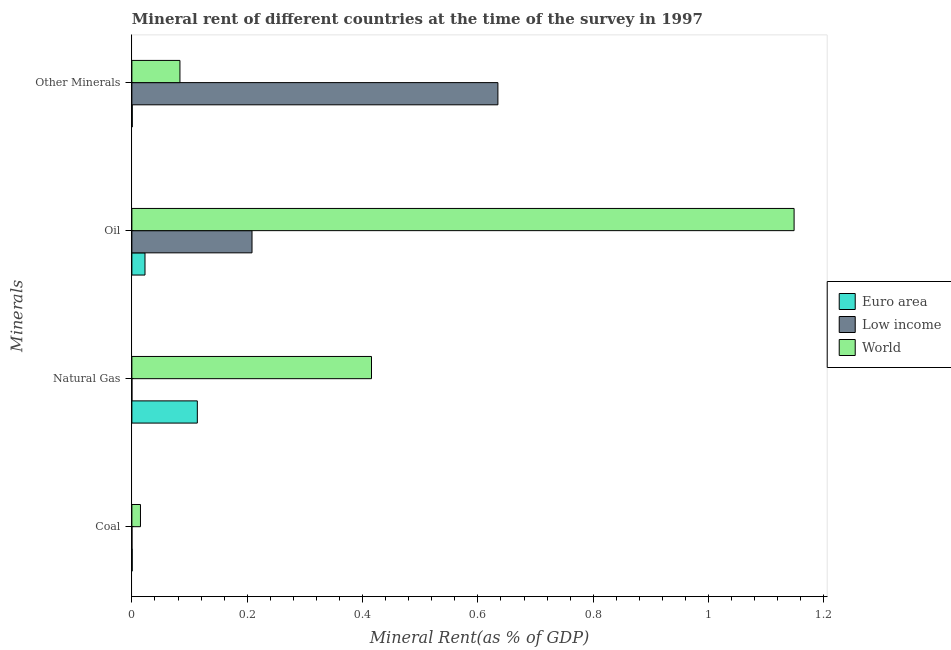
| Minerals | Euro area | Low income | World |
 | --- | --- | --- | --- |
 | Coal | 0.000573 | 0.000124 | 0.0149 |
 | Natural Gas | 0.113 | 3.84e-05 | 0.415 |
 | Oil | 0.0228 | 0.208 | 1.15 |
 | Other Minerals | 0.000688 | 0.635 | 0.0833 |